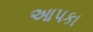
આપકા